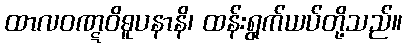
ထာလဝဏ္ဋဝိဓူပနာနိ၊ ထန်းရွက်ယပ်တို့သည်။